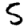
Digit: 5